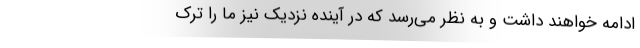
ادامه خواهند داشت و به نظر می‌رسد که در آینده نزدیک نیز ما را ترک